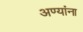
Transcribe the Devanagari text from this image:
अण्यांना